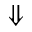
\Downarrow